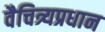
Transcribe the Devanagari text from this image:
वैचित्र्यप्रधान